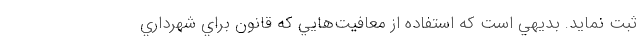
ثبت نمايد. بديهي است كه استفاده از معافيت‌هايي كه قانون براي شهرداري